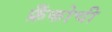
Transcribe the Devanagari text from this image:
फ्रँकोची